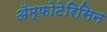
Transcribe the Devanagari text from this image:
ॲम्फोटेरिसिन